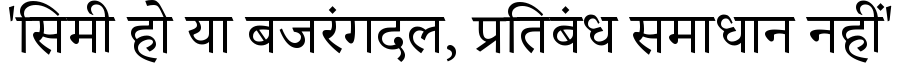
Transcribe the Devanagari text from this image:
'सिमी हो या बजरंगदल, प्रतिबंध समाधान नहीं'